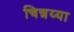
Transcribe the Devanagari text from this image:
चिन्नय्या